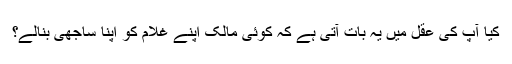
کیا آپ کی عقل میں یہ بات آتی ہے کہ کوئی مالک اپنے غلام کو اپنا ساجھی بنالے؟